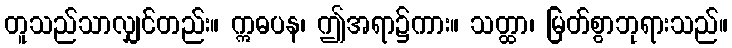
တူသည်သာလျှင်တည်း။ ဣဓပန၊ ဤအရာ၌ကား။ သတ္ထာ၊ မြတ်စွာဘုရားသည်။